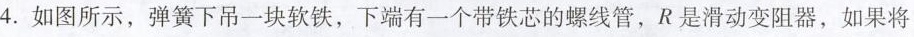
4.如图所示，弹簧下吊一块软铁，下端有一个带铁芯的螺线管，R是滑动变阻器，如果将